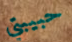
حبيبتي